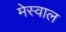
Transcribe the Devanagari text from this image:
मेस्वाल